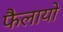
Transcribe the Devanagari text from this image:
फैलायो